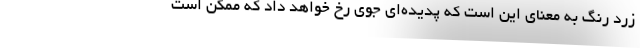
زرد رنگ به معنای این است که پدیده‌ای جوی رخ خواهد داد که ممکن است